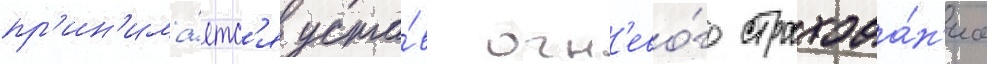
пр'ин'има́етс'я уста́в огн'ево́го страхова́н'иа